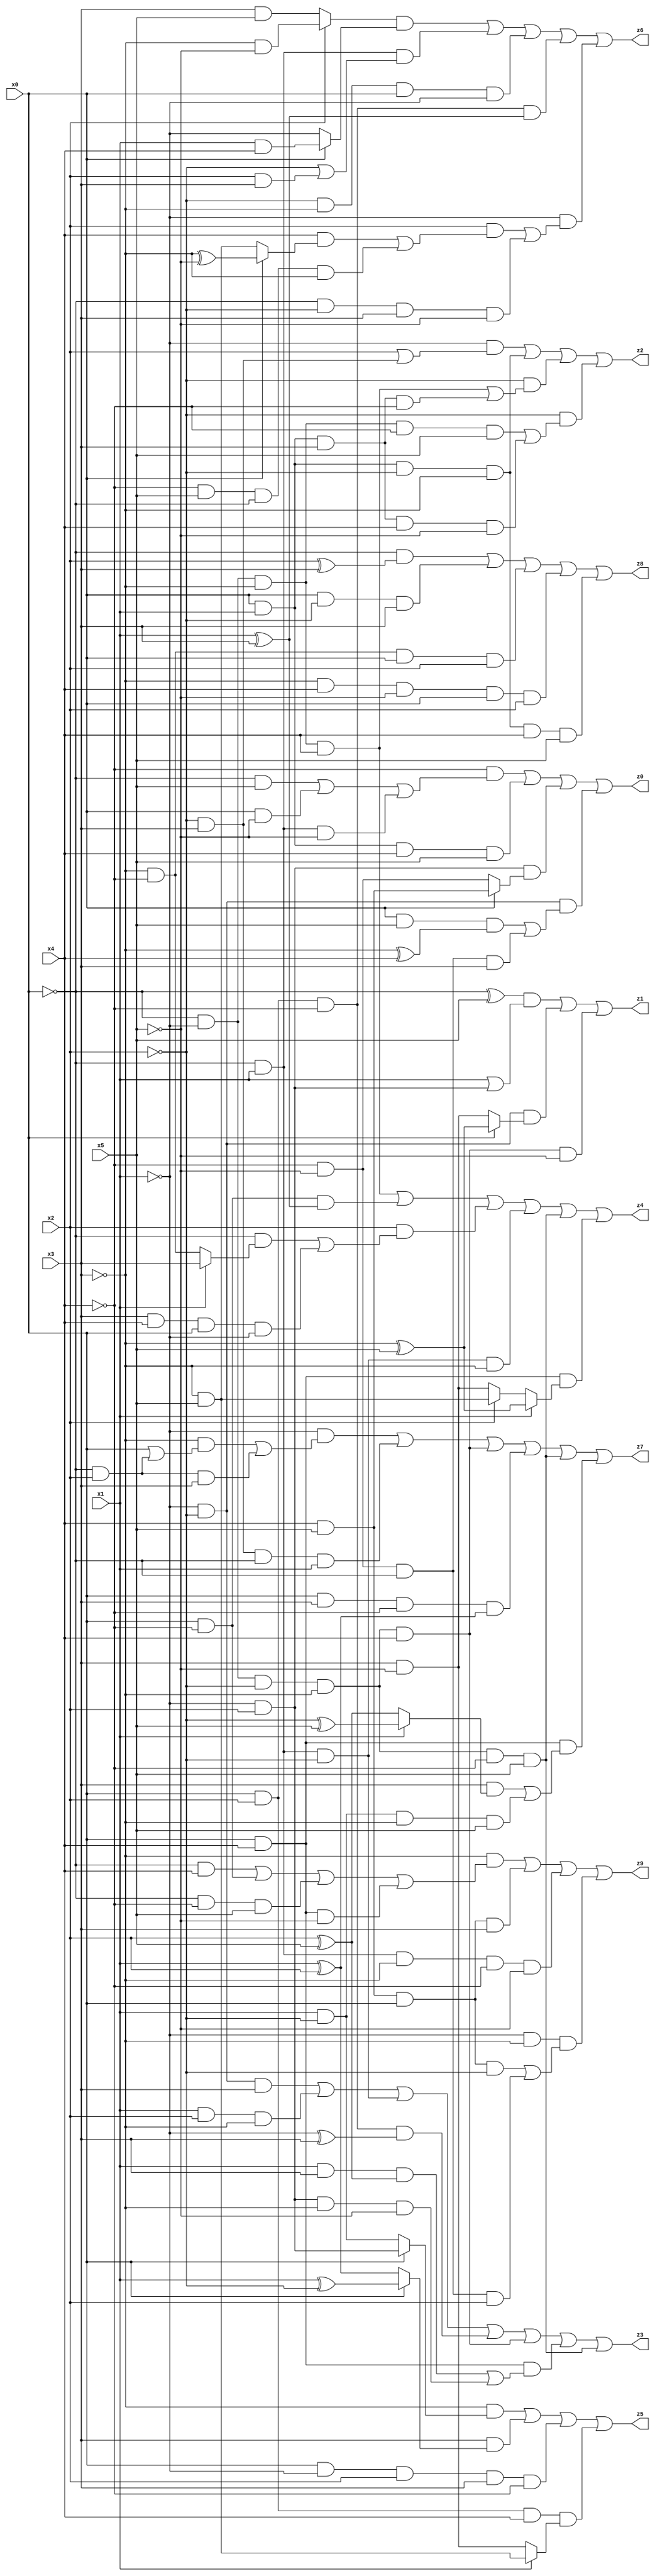
// Benchmark "X_30" written by ABC on Mon Jun 05 18:09:24 2023

module X_30 ( 
    x0, x1, x2, x3, x4, x5,
    z0, z1, z2, z3, z4, z5, z6, z7, z8, z9  );
  input  x0, x1, x2, x3, x4, x5;
  output z0, z1, z2, z3, z4, z5, z6, z7, z8, z9;
  assign z0 = (~x4 & ((~x0 & x5) | (x0 & ~x5) | (~x0 & x1 & ~x5))) | (x0 & x1 & x4 & x5) | (~x1 & x2 & (x0 ? (x4 & x5) : (~x4 & ~x5))) | (~x1 & ~x2 & ((x0 & x5 & (~x3 ^ x4)) | (~x4 & ~x5 & ~x0 & x3)));
  assign z1 = ((~x0 ^ x5) & (x1 | (~x1 & x2))) | (~x1 & ~x2 & (x0 ? (~x3 ^ x5) : (x3 & ~x5))) | (~x0 & ~x1 & ~x2 & ~x3 & x4 & ~x5);
  assign z2 = (~x1 & (x2 | (~x2 & x3))) | (x0 & x1 & ~x2 & ~x3) | (~x2 & ((~x0 & ~x1 & ~x3 & x4) | (x0 & x1 & x3 & ~x4))) | (~x2 & ((~x0 & ~x1 & ~x3 & ~x4 & x5) | (x0 & x1 & x3 & x4 & ~x5)));
  assign z3 = (~x1 & ~x2 & x3) | (x1 & x2 & ~x3) | (~x0 & x1 & ~x2) | (x0 & x2 & ~x4 & (~x1 ^ x3)) | (~x0 & ~x1 & ~x2 & ~x3 & x4) | (x0 & x4 & ((x1 & x3 & (x2 ^ x5)) | (~x1 & x2 & ~x3 & ~x5))) | (~x0 & ~x1 & ~x2 & ~x3 & ~x4 & x5);
  assign z4 = (~x0 & ~x1 & ~x3 & x4) | (x0 & ~x4 & (x1 ^ x3)) | (x2 & ((~x0 & (x1 ? x3 : (~x3 & ~x4))) | (x3 & x4 & x0 & ~x1))) | (~x0 & x1 & ~x2 & ~x3) | (~x0 & ~x1 & ~x2 & ~x3 & ~x4 & x5) | (x0 & x4 & (x1 ? (~x3 ^ x5) : (x2 ? (~x3 & x5) : (x3 & ~x5))));
  assign z5 = (~x3 & (x0 ? (~x1 & x2) : (x1 & ~x2))) | (x3 & (x0 ? (x1 ^ ~x2) : (x1 ^ x2))) | (x0 & ~x1 & x2 & x3 & ~x4) | (x0 & x2 & x4 & (x1 ? (~x3 & x5) : (x3 & ~x5)));
  assign z6 = ((x2 ? (~x3 & ~x5) : (x3 & x5)) & (x0 ? (x1 & x4) : ~x1)) | (~x0 & x1 & (~x2 | (x2 & x3))) | (~x2 & ~x3 & x0 & ~x1) | (x0 & x2 & ~x4 & (x1 ^ x3)) | (~x1 & ((x2 & ((x4 & (x0 ? (~x3 ^ ~x5) : (~x3 & x5))) | (~x4 & x5 & ~x0 & ~x3))) | (~x0 & ~x2 & x3 & ~x5)));
  assign z7 = (~x1 & ((~x3 & (x0 | (~x0 & x2))) | (~x0 & x2 & x3))) | (~x2 & x3 & ~x0 & x1) | (~x0 & ~x1 & ~x2 & ~x3 & x4) | (x0 & x3 & ~x4 & (x1 ^ x2)) | (~x0 & ~x1 & ~x2 & ~x3 & ~x4 & x5) | (x0 & x4 & ((x3 & (x1 ? (~x2 ^ x5) : (x2 ^ x5))) | (x1 & ~x2 & ~x3 & x5)));
  assign z8 = (~x0 & (x2 ^ x3)) | (x0 & ~x2 & x3) | (~x3 & ~x4 & x0 & x2) | (~x3 & x4 & ~x5 & x0 & x2) | (x0 & x1 & ~x2 & ~x3 & x4 & x5);
  assign z9 = (~x3 & ((~x0 & x4) | (x0 & ~x4) | (~x0 & ~x4 & x5) | (x0 & x4 & ~x5))) | (x4 & x5 & x0 & x3) | (~x0 & x1 & ~x3 & ~x4 & ~x5) | (~x1 & ~x3 & ((x4 & x5 & x0 & ~x2) | (~x4 & ~x5 & ~x0 & x2)));
endmodule